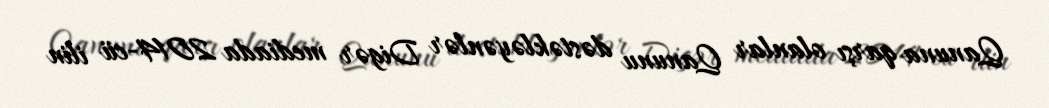
Qanuna qarşı olanlar Qanunu dəstəkləyənlər Digər mediada 2014-cü ilin